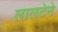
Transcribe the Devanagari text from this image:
लालटेने